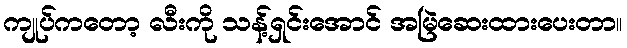
ကျုပ်ကတော့ လီးကို သန့်ရှင်းအောင် အမြဲဆေးထားပေးတာ။